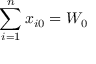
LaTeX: \sum _ { i = 1 } ^ { n } x _ { i 0 } = W _ { 0 }